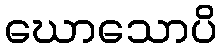
ဃောသောပိ